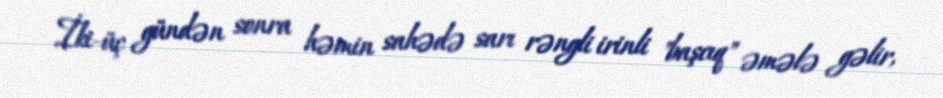
İki-üç gündən sonra həmin sahədə sarı rəngli irinli "başcıq" əmələ gəlir,